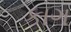
કાગ